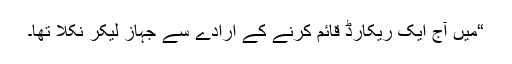
“میں آج ایک ریکارڈ قائم کرنے کے ارادے سے جہاز لیکر نکلا تھا۔